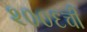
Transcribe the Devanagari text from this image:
२००६ची